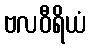
ဗလဝီရိယံ